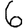
Digit: 6